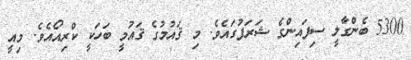
5300 ބެންގާލީ ސިފައިންގެ ޝަރަފުގައެވެ. މި ޤައުުމުގެ ޤައުމީ ބަހަކީ ކްރިއޯއެވެ. މިއީ